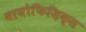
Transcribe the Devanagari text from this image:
वायोफिज़िक्स